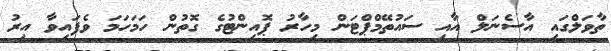
ތާވަލްގައި އާސެނަލް އާއި ސައުތޭމްޕްޓަން މިހާރު ޕޮއިންޓުގެ ގޮތުން ހަމަހަމަ ވެފައިވާ އިރު